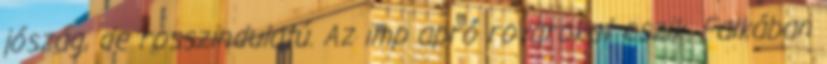
jószág, de rosszindulatú. Az imp apró rovarokat eszik. Falkában